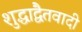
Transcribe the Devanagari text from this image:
शुद्धाद्वैतवादी